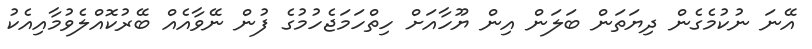
އޭނަ ނުކުމެގެން ދިޔަތަން ބަލަން އިން ޔޫހާއަށް ހިތްހަމަޖެހުމުގެ ފުން ނޭވާއެއް ބޭރުކޮއްލެވުމާއިއެކު